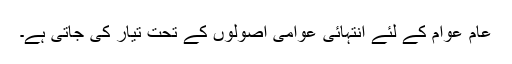
عام عوام کے لئے انتہائی عوامی اصولوں کے تحت تیار کی جاتی ہے۔